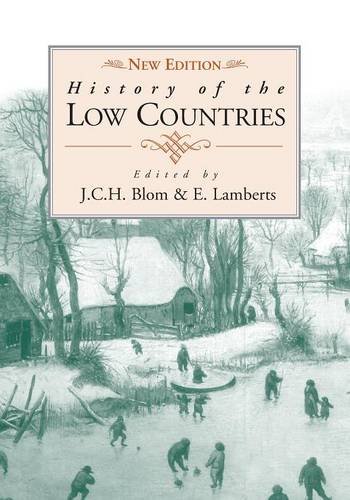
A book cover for History of the Low Countries; History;